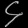
Digit: ၄